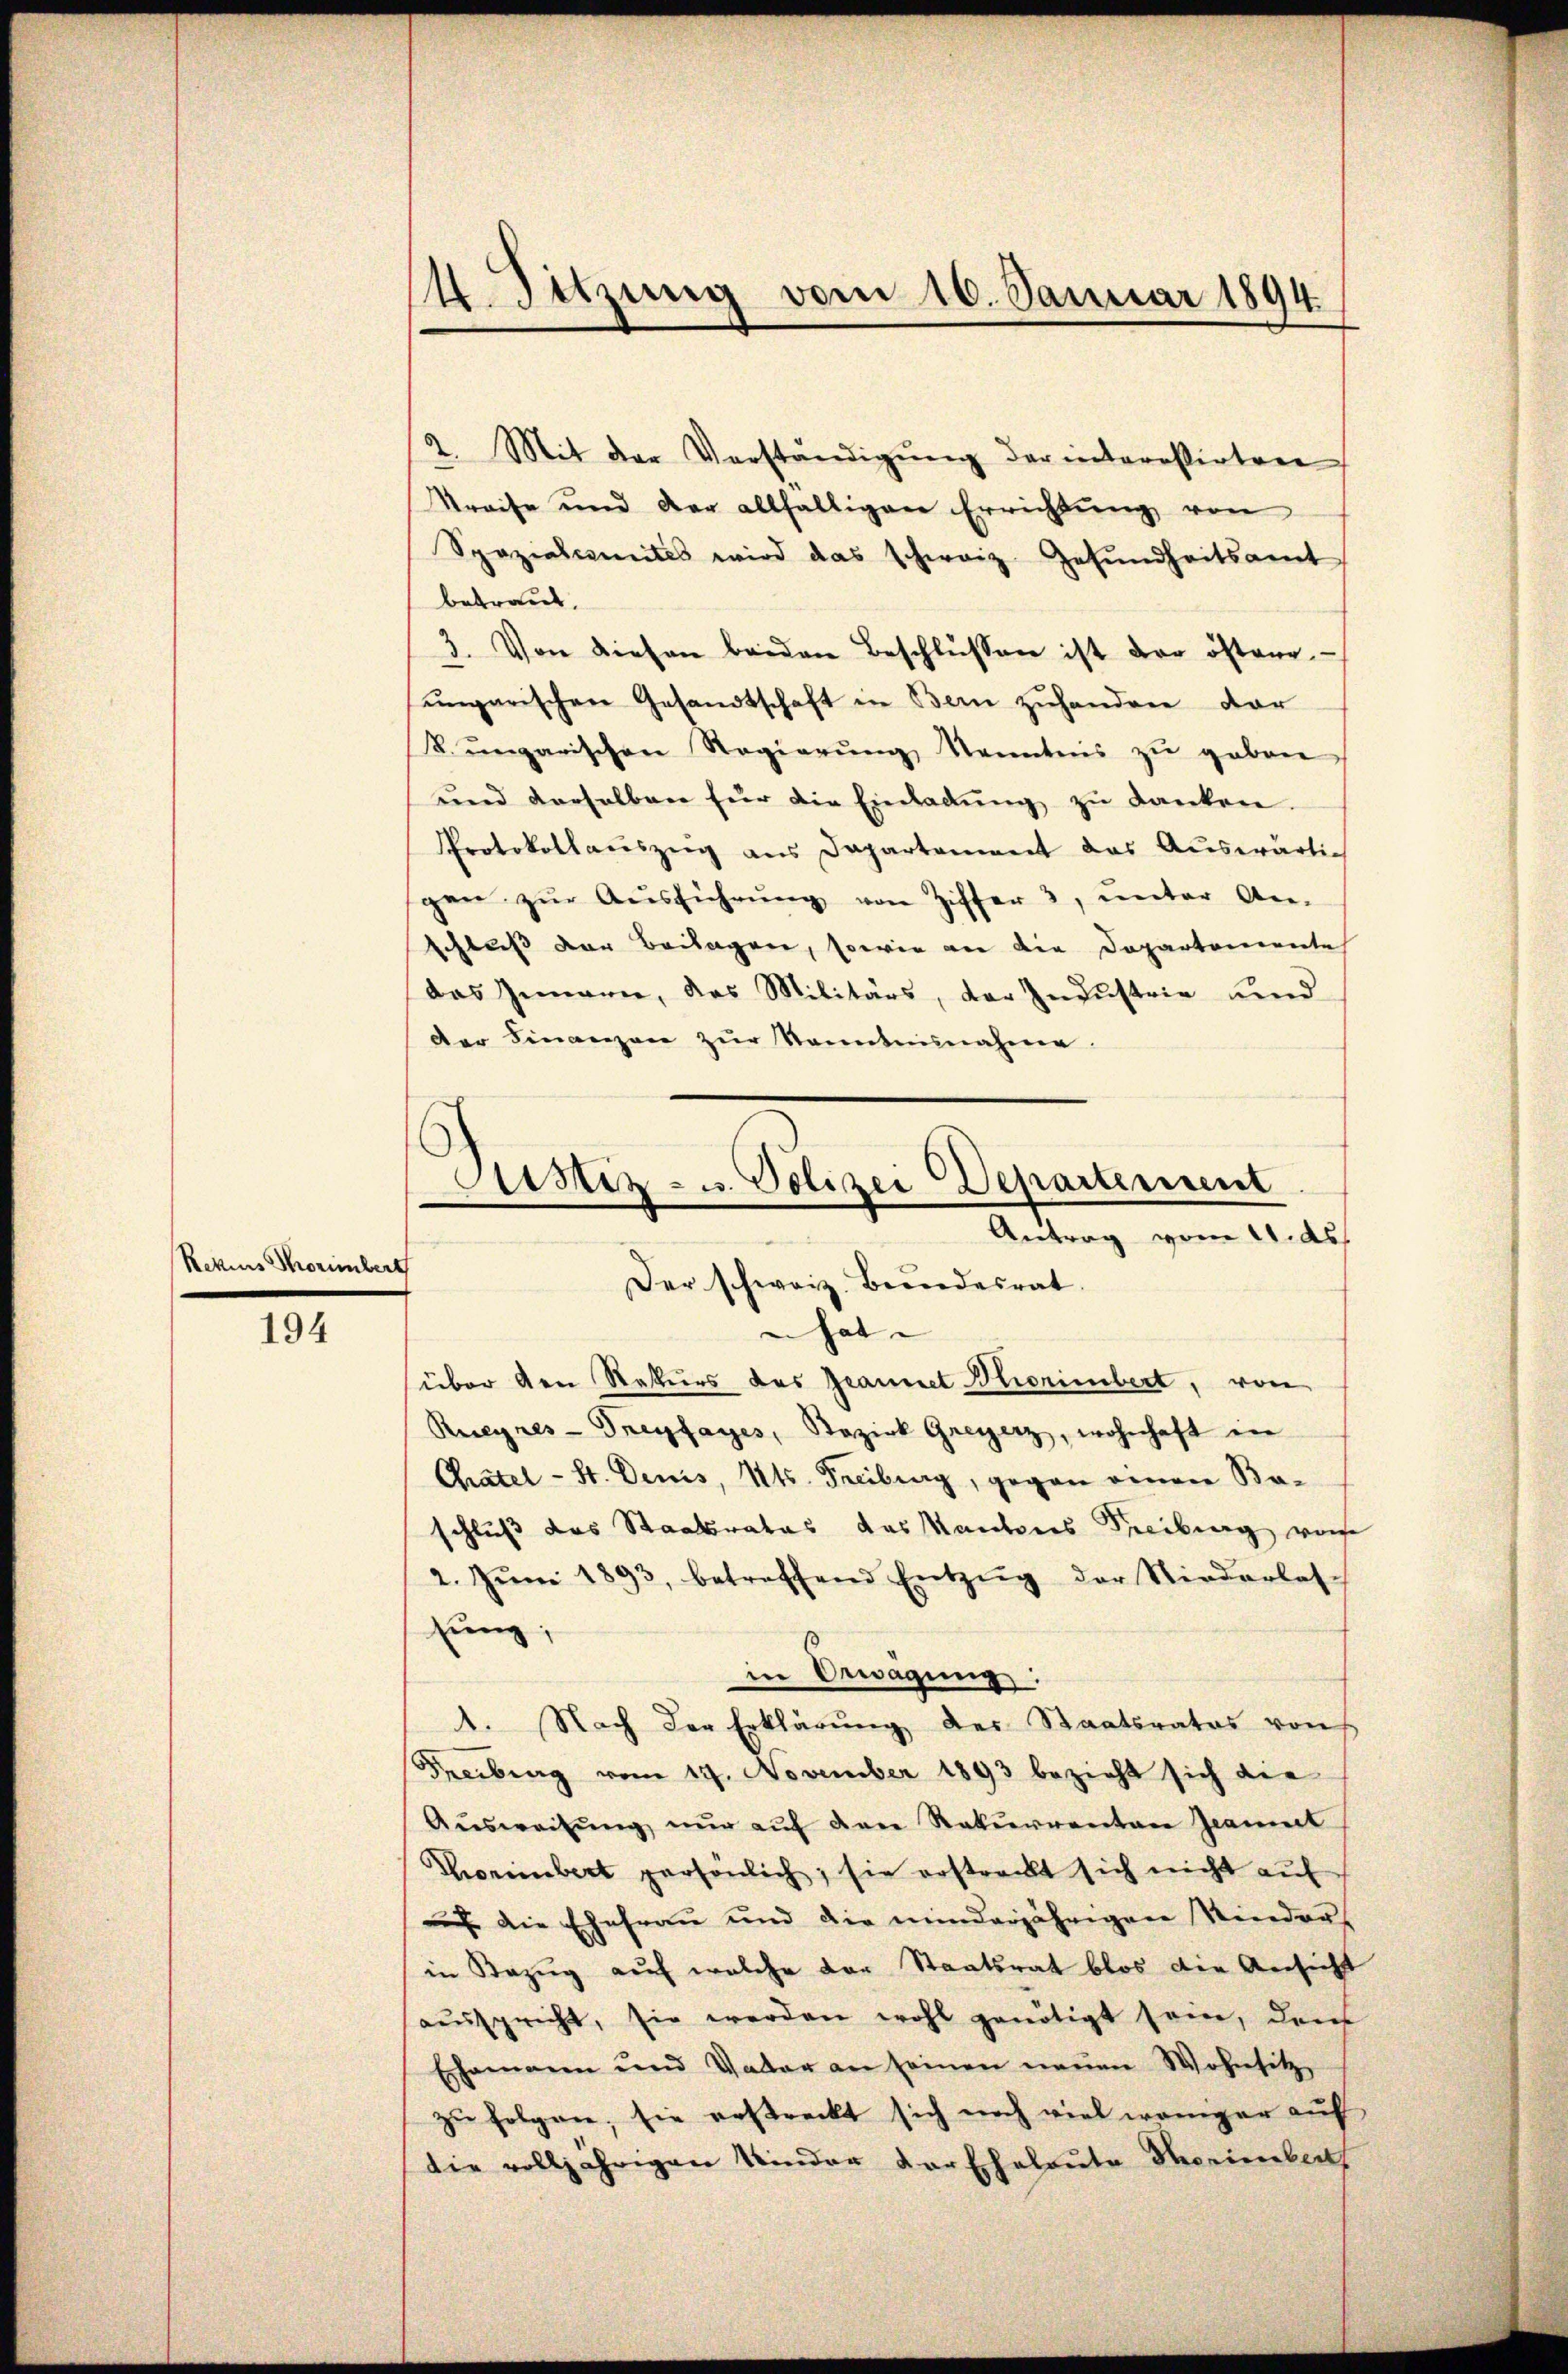
Rekens Thorimberg

194

2. Mit der Verständigŭng der interessirten
Streise und der allfälligen Errichtŭng von
Spezialmites wird das schweiz. Gesŭndheitsamt
betraut,
3. Von diesen beiden Beschlüssen ist der österr
ŭngarischen Gesandtschaft in Bern zŭhanden dar
k. ungarischen Regierŭng Kenntnis zŭ geben
und derselben für die Einladung zu danken.
Protokollaŭszŭg ans Departement das Aŭswärtig
gen zŭr Aŭsführŭng von Ziffer 3, ŭnter An-
schluß der Beilagen, sowie an die Departemente
das Innern, das Militärs, der Industrie und
der Finanzen zur Sonntnisnahme.

14. Sitzung vom 16. Januar 1894.

Astiz- u. Polizei Departement
Antrag vom 11. ds
Der schweiz. Beendesrat
un hat
über den Rekurs des Jeannet Bierinbert, von

Reiegres-Treyfayes, Stozirk Greyerz, wohnhaft in
Chatel - St. Denis, Kts. Freiburg, gegen einen Baschluß das Staatsrates das Kantones Freiburg von
2. Jŭni 1893, betreffend Entzŭg der Niederlas-
sung;
in Erwägung:
1. Nach der Erklärung der Staatsrates von
Freiburg vom 19. November 1893 bezieht sich die
Aŭsweisŭng nŭr aŭf den Rekurrenten Granit
Thoreinbert persönlich; sie erstreckt sich nicht auf
auf die Ehefrau und die minderjährigen Kindrain Bezug auf welche der Staatsrat blos die Ansicht
aaŭsspricht, sie werden wohl genötigt sein, den
Ehemann und Vater an seinen neuen Wohnsitz
zu folgen; sie erstreckt sich noch viel weniger auf
die volljährigen Kinder der Eheleute Serienber